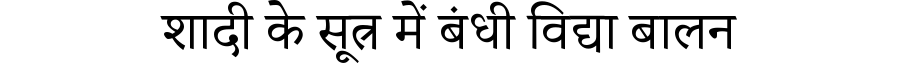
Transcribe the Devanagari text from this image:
शादी के सूत्र में बंधी विद्या बालन